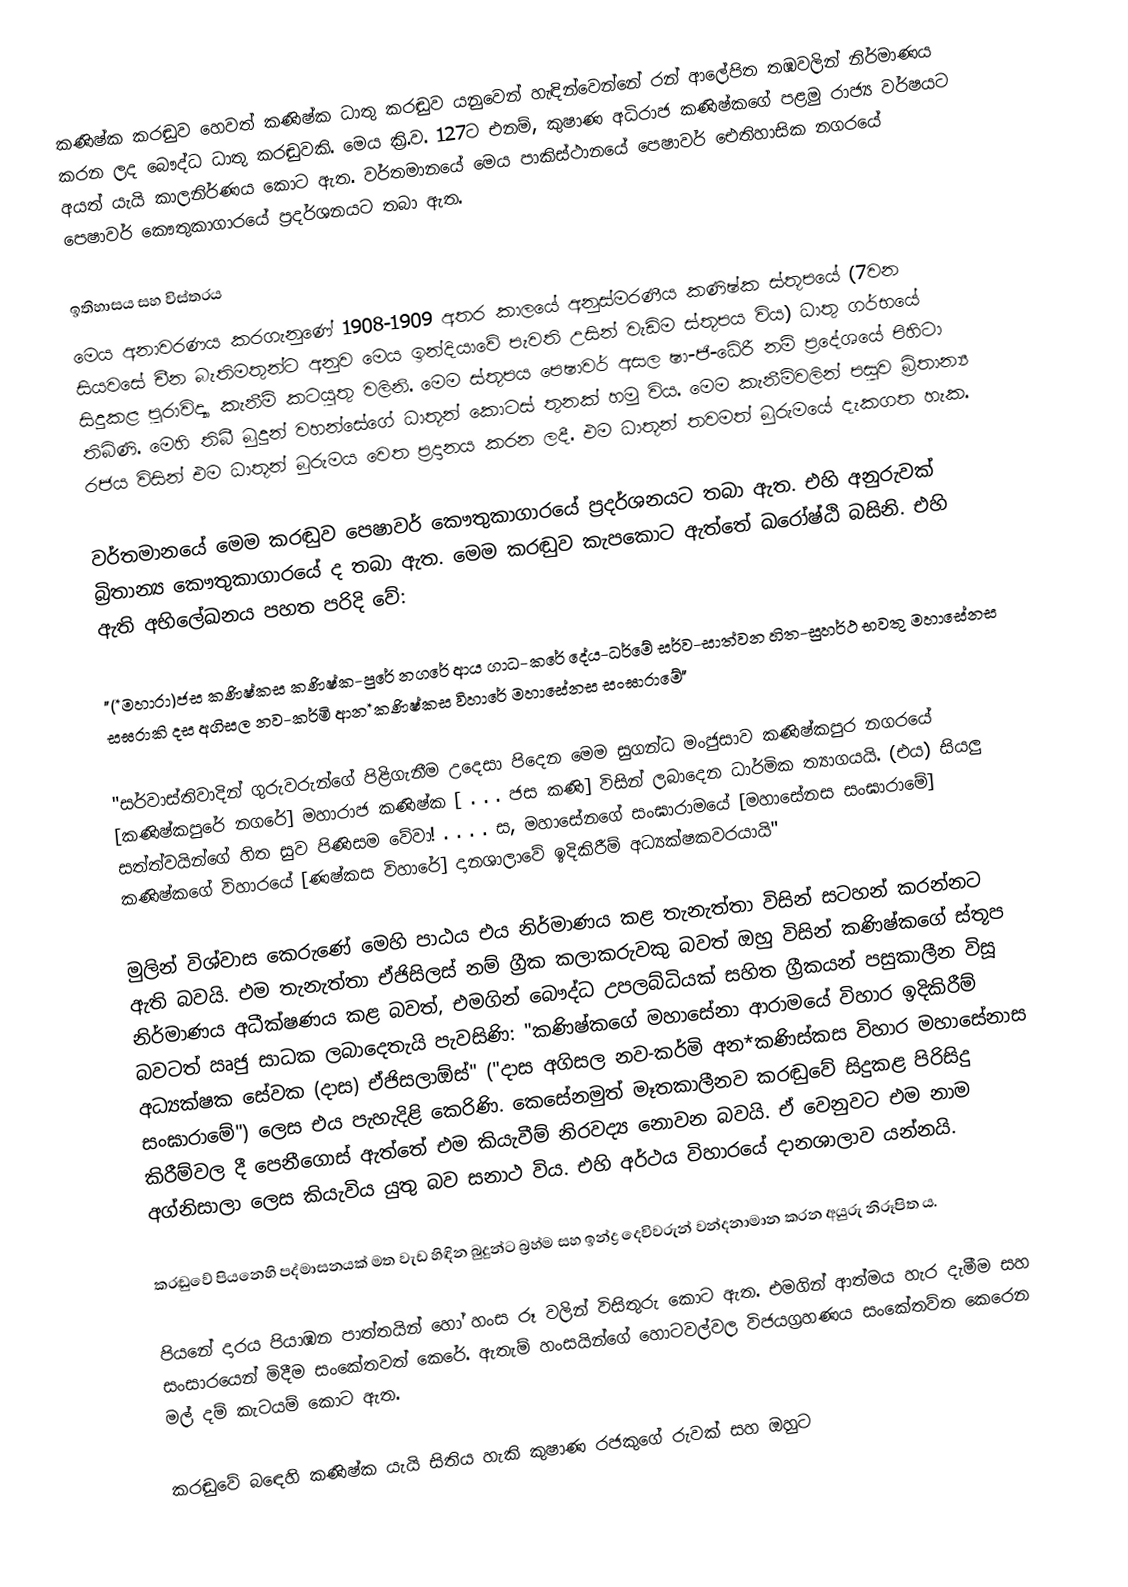
කණිෂ්ක කරඬුව හෙවත් කණිෂ්ක ධාතු කරඬුව යනුවෙන් හැඳින්වෙන්නේ රන් ආලේපිත තඹවලින් නිර්මාණය කරන ලද බෞද්ධ ධාතු කරඬුවකි. මෙය ක්‍රි.ව. 127ට එනම්, කුෂාණ අධිරාජ කණිෂ්කගේ පළමු රාජ්‍ය වර්ෂයට අයත් යැයි කාලනිර්ණය කොට ඇත. වර්තමානයේ මෙය පාකිස්ථානයේ පෙෂාවර් ඓතිහාසික නගරයේ පෙෂාවර් කෞතුකාගාරයේ ප්‍රදර්ශනයට තබා ඇත.

ඉතිහාසය සහ විස්තරය
මෙය අනාවරණය කරගැනුණේ 1908-1909 අතර කාලයේ අනුස්මරණීය කණිෂ්ක ස්තූපයේ (7වන සියවසේ චීන බැතිමතුන්ට අනුව මෙය ඉන්දියාවේ පැවති උසින් වැඩිම ස්තූපය විය) ධාතු ගර්භයේ සිදුකළ පුරාවිද්‍යා කැනීම් කටයුතු වලිනි. මෙම ස්තූපය පෙෂාවර් අසල ෂා-ජි-ධේරී නම් ප්‍රදේශයේ පිහිටා තිබිණි. මෙහි තිබී බුදුන් වහන්සේගේ ධාතූන් කොටස් තුනක් හමු විය. මෙම කැනීම්වලින් පසුව බ්‍රිතාන්‍ය රජය විසින් එම ධාතූන් බුරුමය වෙත ප්‍රදානය කරන ලදී. එම ධාතූන් තවමත් බුරුමයේ දැකගත හැක.

වර්තමානයේ මෙම කරඬුව පෙෂාවර් කෞතුකාගාරයේ ප්‍රදර්ශනයට තබා ඇත. එහි අනුරුවක් බ්‍රිතාන්‍ය කෞතුකාගාරයේ ද තබා ඇත. මෙම කරඬුව කැපකොට ඇත්තේ ඛරෝෂ්ඨි බසිනි. එහි ඇති අභිලේඛනය පහත පරිදි වේ:

 "(*මහාරා)ජස කණිෂ්කස කණිෂ්ක-පුරේ නගරේ ආය ගාධ-කරේ දේය-ධර්මේ සර්ව-සාත්වන හිත-සුහර්ථ භවතු මහාසේනස සඝරාකි දස අගිසල නව-කර්මි ආන*කණිෂ්කස විහාරේ මහාසේනස සංඝාරාමේ"

"සර්වාස්තිවාදින් ගුරුවරුන්ගේ පිළිගැනීම උදෙසා පිදෙන මෙම සුගන්ධ මංජුසාව කණිෂ්කපුර නගරයේ [කණිෂ්කපුරේ නගරේ] මහාරාජ කණිෂ්ක [ . . . ජස කණි] විසින් ලබාදෙන ධාර්මික ත්‍යාගයයි. (එය) සියලු සත්ත්වයින්ගේ හිත සුව පිණිසම වේවා! . . . . ස, මහාසේනගේ සංඝාරාමයේ [මහාසේනස සංඝාරාමේ] කණිෂ්කගේ විහාරයේ [ණෂ්කස විහාරේ] දානශාලාවේ ඉදිකිරීම් අධ්‍යක්ෂකවරයායි"

මුලින් විශ්වාස කෙරුණේ මෙහි පාඨය එය නිර්මාණය කළ තැනැත්තා විසින් සටහන් කරන්නට ඇති බවයි. එම තැනැත්තා ඒජිසිලස් නම් ග්‍රීක කලාකරුවකු බවත් ඔහු විසින් කණිෂ්කගේ ස්තූප නිර්මාණය අධීක්ෂණය කළ බවත්, එමගින් බෞද්ධ උපලබ්ධියක් සහිත ග්‍රීකයන් පසුකාලීන විසූ බවටත් ඍජු සාධක ලබාදෙතැයි පැවසිණි: "කණිෂ්කගේ මහාසේනා ආරාමයේ විහාර ඉදිකිරීම් අධ්‍යක්ෂක සේවක (දාස) ඒජිසලාඕස්" ("දාස අගිසල නව-කර්මි අන*කණිස්කස විහාර මහාසේනාස සංඝාරාමේ") ලෙස එය පැහැදිළි කෙරිණි. කෙසේනමුත් මෑතකාලීනව කරඬුවේ සිදුකළ පිරිසිදු කිරීම්වල දී පෙනීගොස් ඇත්තේ එම කියැවීම් නිරවද්‍ය නොවන බවයි. ඒ වෙනුවට එම නාම අග්නිසාලා ලෙස කියැවිය යුතු බව සනාථ විය. එහි අර්ථය විහාරයේ දානශාලාව යන්නයි.

කරඬුවේ පියනෙහි පද්මාසනයක් මත වැඩ හිඳින බුදුන්ට බ්‍රහ්ම සහ ඉන්ද්‍ර දෙවිවරුන් වන්දනාමාන කරන අයුරු නිරූපිත ය.

පියනේ දාරය පියාඹන පාත්තයින් හෝ හංස රූ වලින් විසිතුරු කොට ඇත. එමගින් ආත්මය හැර දැමීම සහ සංසාරයෙන් මිදීම සංකේතවත් කෙරේ. ඇතැම් හංසයින්ගේ හොටවල්වල විජයග්‍රහණය සංකේතව්ත කෙරෙන මල් දම් කැටයම් කොට ඇත.

කරඬුවේ බ‍ඳෙහි කණිෂ්ක යැයි සිතිය හැකි කුෂාණ රජකුගේ රුවක් සහ ඔහුට